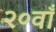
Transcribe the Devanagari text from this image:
२०वाँ